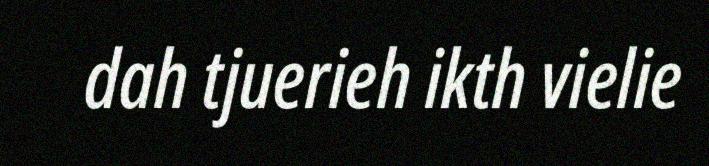
dah tjuerieh ikth vielie